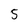
Character: 5